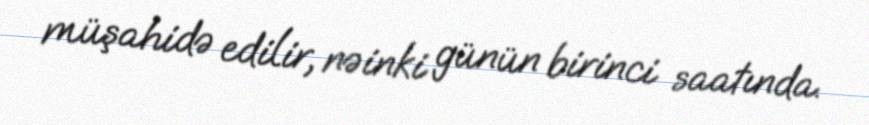
müşahidə edilir, nəinki günün birinci saatında.